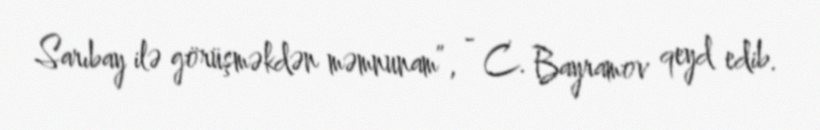
Sarıbay ilə görüşməkdən məmnunam”, - C. Bayramov qeyd edib.